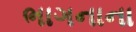
ભાગનાના